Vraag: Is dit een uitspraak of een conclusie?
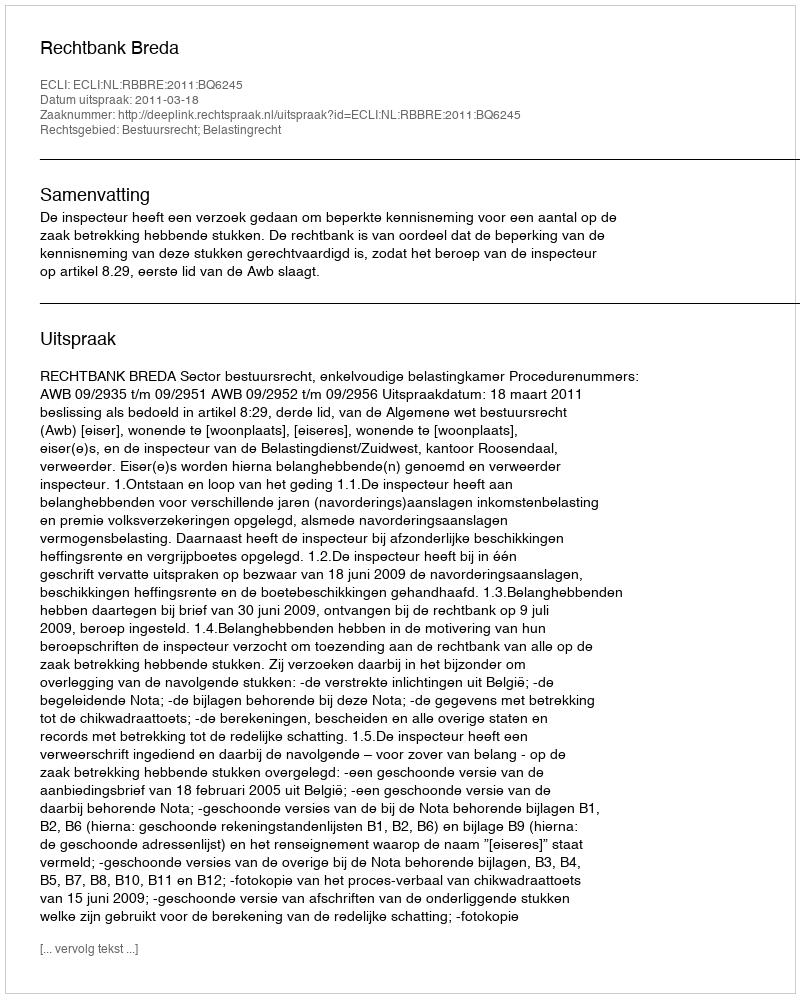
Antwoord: Uitspraak